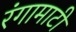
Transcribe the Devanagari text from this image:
रंगामाटी